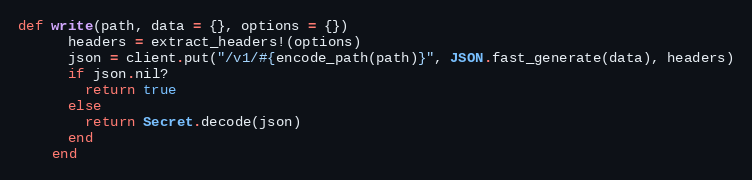
Language: Ruby
def write(path, data = {}, options = {})
      headers = extract_headers!(options)
      json = client.put("/v1/#{encode_path(path)}", JSON.fast_generate(data), headers)
      if json.nil?
        return true
      else
        return Secret.decode(json)
      end
    end